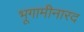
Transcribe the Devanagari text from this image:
भूगामीनारद